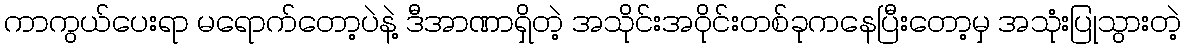
ကာကွယ်ပေးရာ မရောက်တော့ပဲနဲ့ ဒီအာဏာရှိတဲ့ အသိုင်းအဝိုင်းတစ်ခုကနေပြီးတော့မှ အသုံးပြုသွားတဲ့